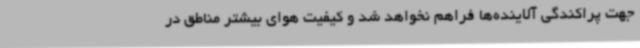
جهت پراکندگی آلاینده‌ها فراهم نخواهد شد و کیفیت هوای بیشتر مناطق در